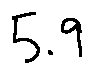
5 . 9